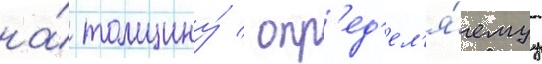
на́ толщину́ / опр'ед'ел'я́емуу